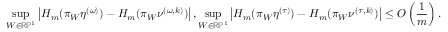
\operatorname* { s u p } _ { W \in \mathbb R \mathbb P ^ { 1 } } \left| H _ { m } ( \pi _ { W } \eta ^ { ( \omega ) } ) - H _ { m } ( \pi _ { W } \nu ^ { ( \omega , k ) } ) \right| , \operatorname* { s u p } _ { W \in \mathbb R \mathbb P ^ { 1 } } \left| H _ { m } ( \pi _ { W } \eta ^ { ( \tau ) } ) - H _ { m } ( \pi _ { W } \nu ^ { ( \tau , k ) } ) \right| \leq O \left( \frac { 1 } { m } \right) .